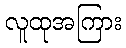
လူထုအကြား